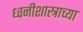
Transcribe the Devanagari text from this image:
ध्वनीशास्त्राच्या